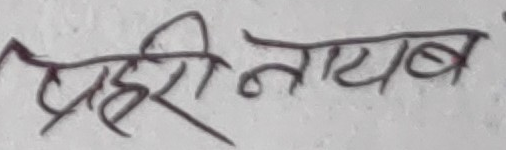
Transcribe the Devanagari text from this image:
प्रहरी नायब